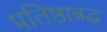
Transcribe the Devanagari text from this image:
प्रतिष्ठाबद्ध